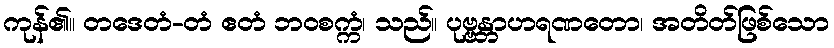
ကုန်၏။ တဒေတံ-တံ ဧတံ ဘဝစက္ကံ၊ သည်။ ပုဗ္ဗန္တာဟရဏတော၊ အတိတ်ဖြစ်သော